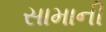
સામાની